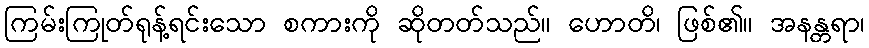
ကြမ်းကြုတ်ရုန့်ရင်းသော စကားကို ဆိုတတ်သည်။ ဟောတိ၊ ဖြစ်၏။ အနန္တရာ၊